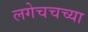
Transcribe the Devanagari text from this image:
लगेचचच्या